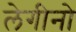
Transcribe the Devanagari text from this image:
लेगीनो